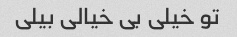
تو خیلی بی خیالی بیلی